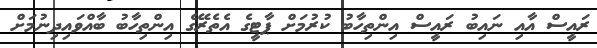
ރައީސް އާއި ނައިބު ރައީސް އިންތިހާބު ކުރުމަށް ޕާޓީގެ އެތެރޭގެ އިންތިހާބު ބާއްވައިދިނުމަށް